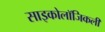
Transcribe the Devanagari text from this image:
साइकोलॉजिकली